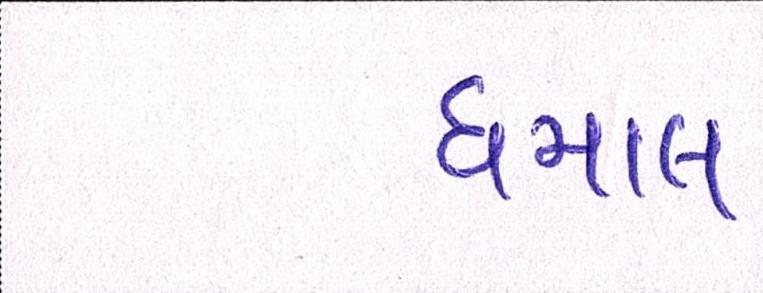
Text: ધમાલ